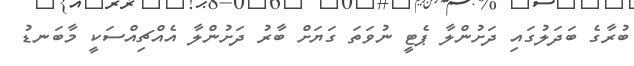
ބުރާގެ ބަދަލުގައި ދަށުންލާ ޕެޓީ ނުވަތަ ގަޔަށް ބާރު ދަށުންލާ އެއްޗިއްސަކީ މާބަނޑު